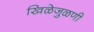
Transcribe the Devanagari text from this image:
खिळेजुळणी